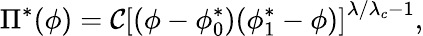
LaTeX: \Pi^{*}(\phi)={\cal C}\left[(\phi-\phi_{0}^{*})(\phi_{1}^{*}-\phi)\right]^{\lambda/\lambda_{c}-1},